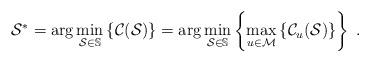
LaTeX: \begin{align*}\mathcal{S}^* &= \arg \min_{ \mathcal{S} \in \mathbb{S}} \left\{\mathcal{C}(\mathcal{S})\right\} = \arg\min_{\mathcal{S} \in \mathbb{S}}\left\{ \max_{u\in\mathcal{M}}\left\{ \mathcal{C}_u(\mathcal{S}) \right\}\right\}\;.\end{align*}